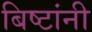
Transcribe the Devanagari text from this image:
बिष्टांनी